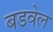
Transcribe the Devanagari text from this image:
बडवेल